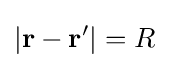
\left|\mathbf {r} -\mathbf {r} '\right|=R